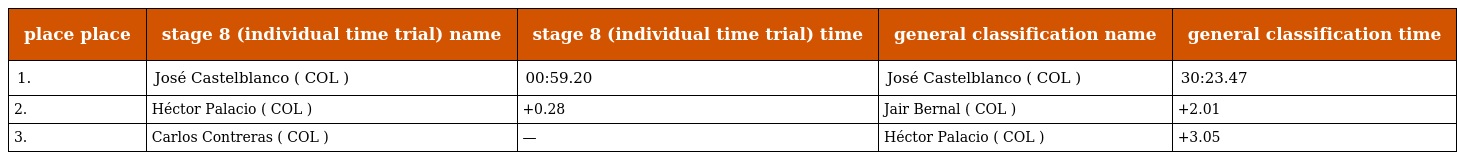
| place place | stage 8 (individual time trial) name | stage 8 (individual time trial) time | general classification name | general classification time |
 | --- | --- | --- | --- | --- |
 | 1. | José Castelblanco ( COL ) | 00:59.20 | José Castelblanco ( COL ) | 30:23.47 |
 | 2. | Héctor Palacio ( COL ) | +0.28 | Jair Bernal ( COL ) | +2.01 |
 | 3. | Carlos Contreras ( COL ) | — | Héctor Palacio ( COL ) | +3.05 |